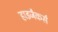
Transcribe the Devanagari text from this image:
हाइजैकर्स